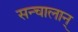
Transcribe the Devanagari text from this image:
सन्चालान्